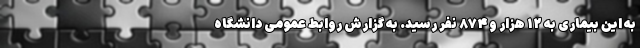
به این بیماری به ۱۲ هزار و ۸۷۴ نفر رسید. به گزارش روابط عمومی دانشگاه